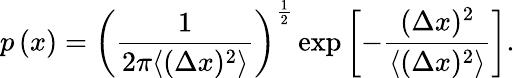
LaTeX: p\left(x\right)=\left(\frac{1}{2\pi\langle(\Delta x)^{2}\rangle}\right)^{\frac{1}{2}}\exp{\left[-\frac{(\Delta x)^{2}}{\langle(\Delta x)^{2}\rangle}\right]}.